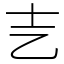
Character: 㐊